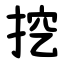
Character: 挖